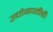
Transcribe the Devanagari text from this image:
उद्योगपतीही